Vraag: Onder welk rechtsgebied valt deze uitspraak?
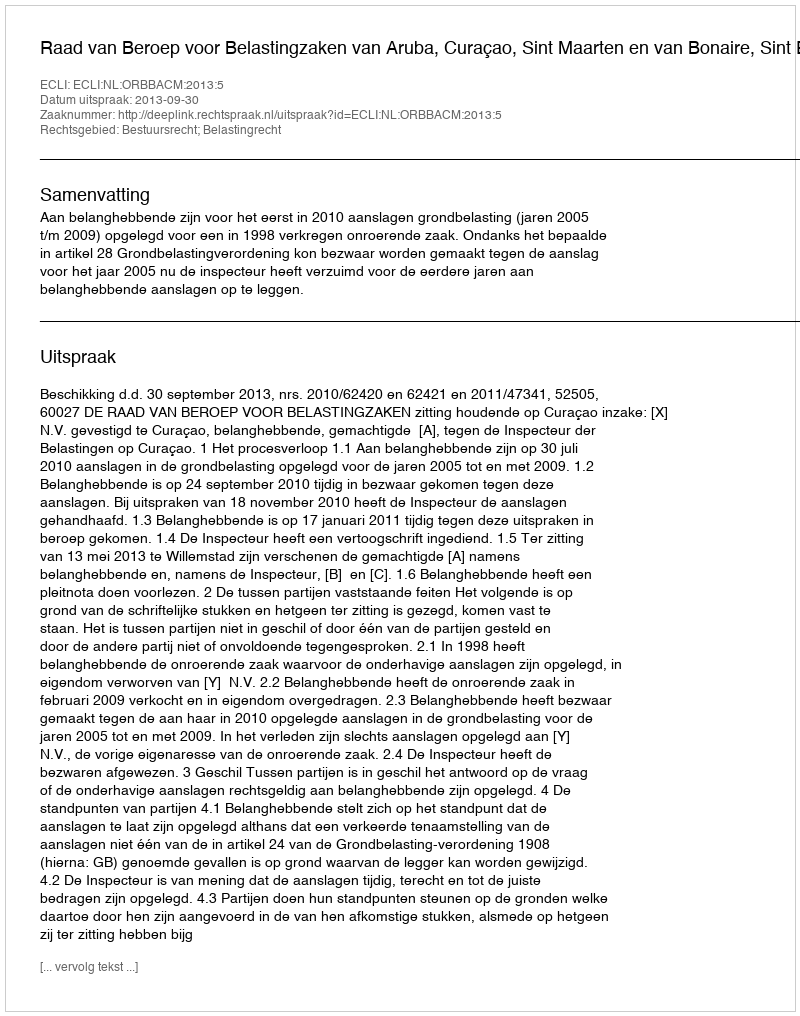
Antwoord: Bestuursrecht; Belastingrecht